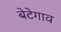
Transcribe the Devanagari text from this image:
बेटेगाव